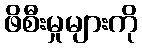
ဖိစီးမှုများကို